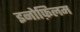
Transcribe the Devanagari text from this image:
इनोफ़िलम